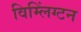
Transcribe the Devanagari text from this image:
विम्लिंग्टन